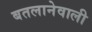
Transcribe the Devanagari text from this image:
बतलानेवाली